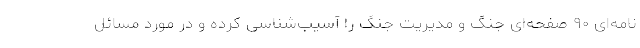
نامه‌ای ۹۰ صفحه‌ای جنگ و مدیریت جنگ را آسیب‌شناسی کرده و در مورد مسائل